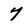
Character: 7